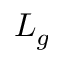
L _ { g }